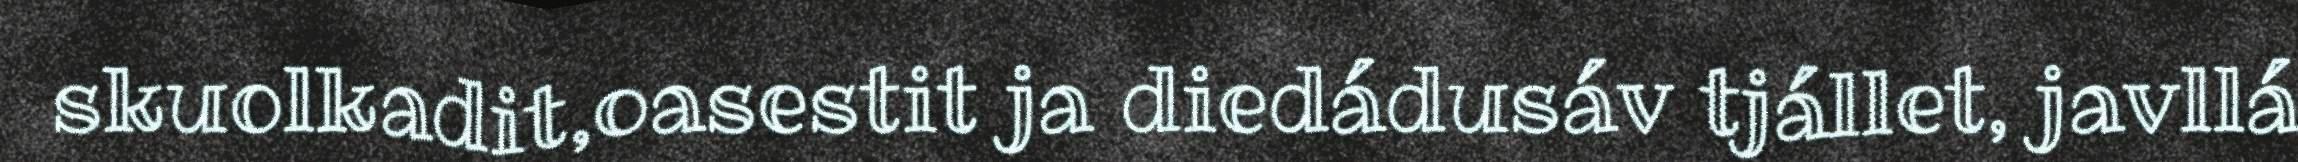
skuolkadit,oasestit ja diedádusáv tjállet, javllá